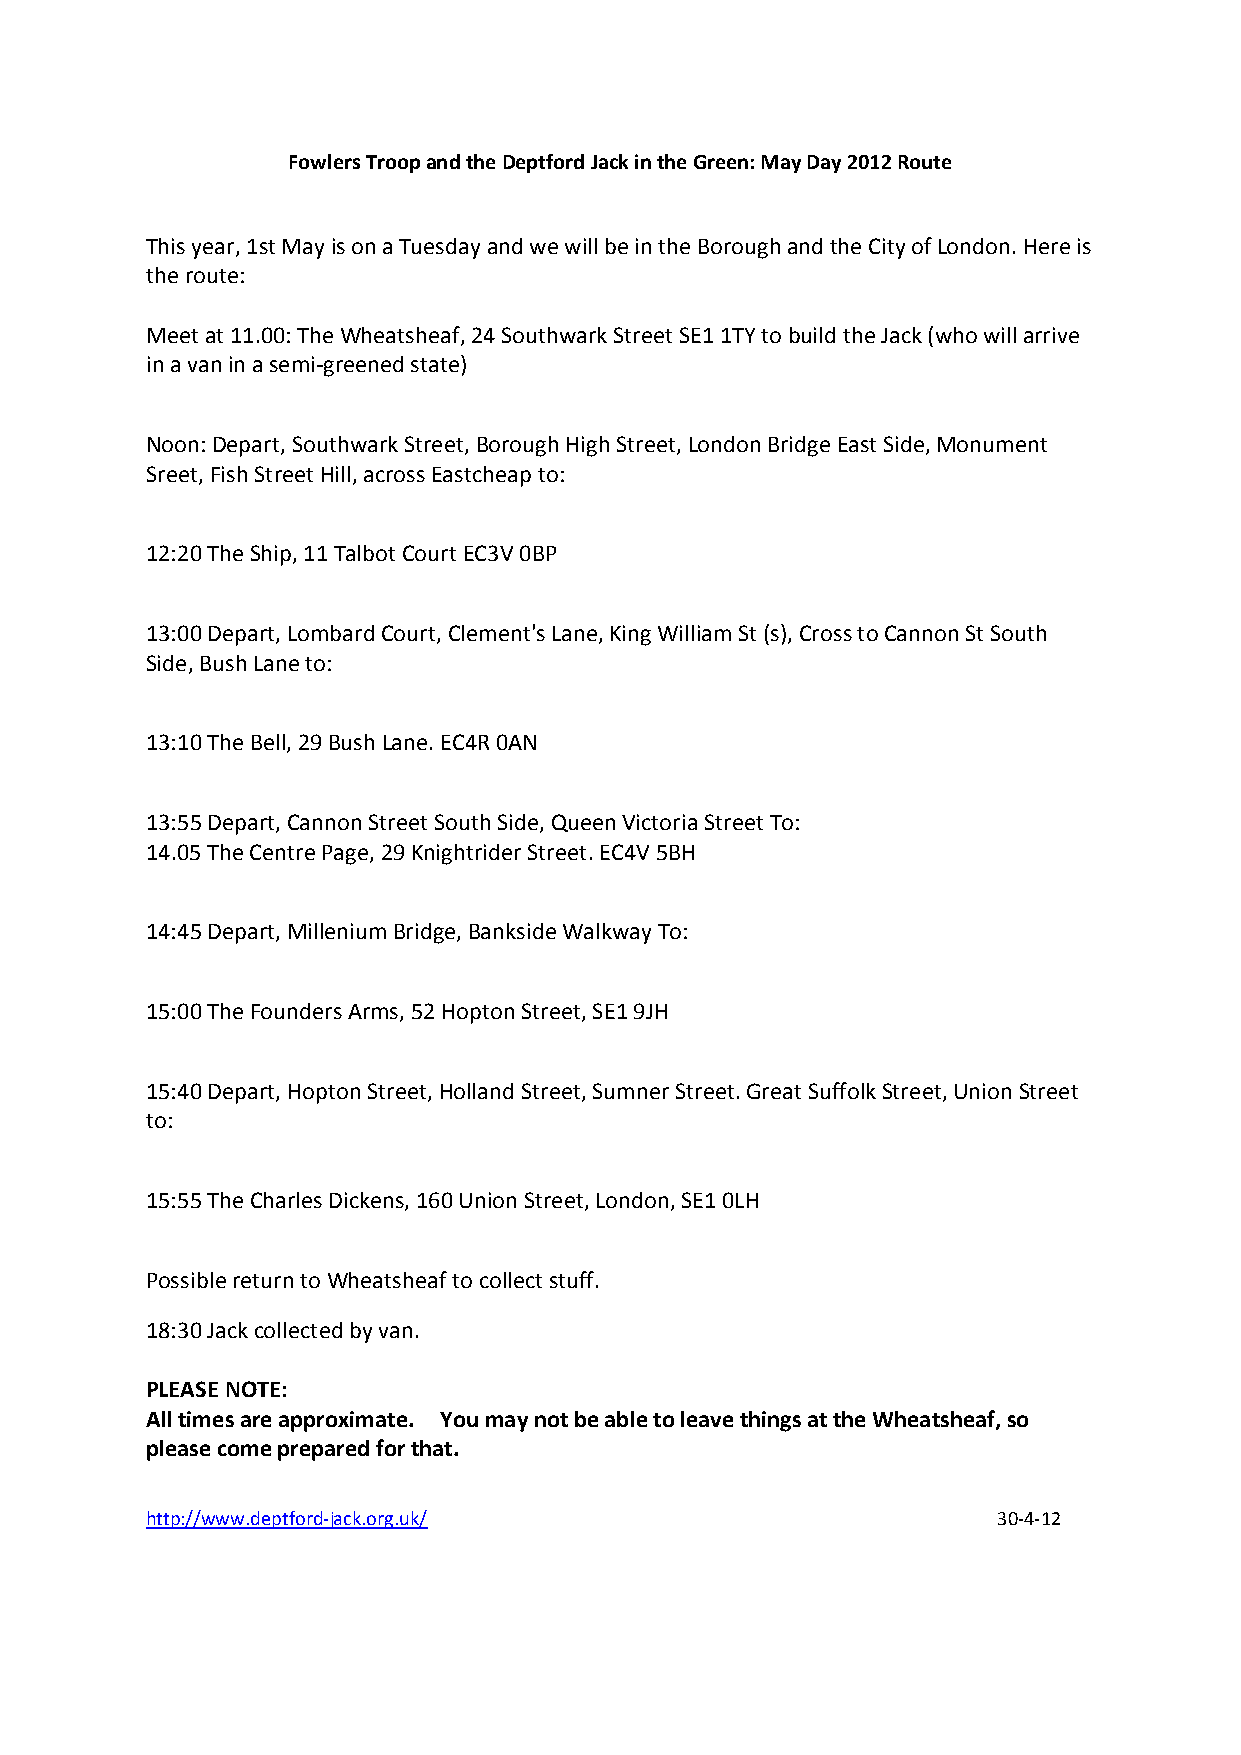
Fowlers Troop and the Deptford Jack in the Green: May Day 2012 Route
 This year, 1st May is on a Tuesday and we will be in the Borough and the City of London. Here is
 the route:
 Meet at 11.00: The Wheatsheaf, 24 Southwark Street SE1 1TY to build the Jack (who will arrive
 in a van in a semi‐greened state)
 Noon: Depart, Southwark Street, Borough High Street, London Bridge East Side, Monument
 Sreet, Fish Street Hill, across Eastcheap to:
 12:20 The Ship, 11 Talbot Court EC3V 0BP
 13:00 Depart, Lombard Court, Clement's Lane, King William St (s), Cross to Cannon St South
 Side, Bush Lane to:
 13:10 The Bell, 29 Bush Lane. EC4R 0AN
 13:55 Depart, Cannon Street South Side, Queen Victoria Street To:
 14.05 The Centre Page, 29 Knightrider Street. EC4V 5BH
 14:45 Depart, Millenium Bridge, Bankside Walkway To:
 15:00 The Founders Arms, 52 Hopton Street, SE1 9JH
 15:40 Depart, Hopton Street, Holland Street, Sumner Street. Great Suffolk Street, Union Street
 to:
 15:55 The Charles Dickens, 160 Union Street, London, SE1 0LH
 Possible return to Wheatsheaf to collect stuff.
 18:30 Jack collected by van.
 PLEASE NOTE:
 All times are approximate. You may not be able to leave things at the Wheatsheaf, so
 please come prepared for that.
 http://www.deptford‐jack.org.uk/                        30‐4‐12